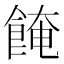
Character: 餣